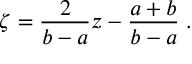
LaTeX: \zeta = { \frac { 2 } { b - a } } z - { \frac { a + b } { b - a } } \; .